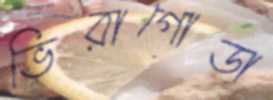
ভিরাগোডা